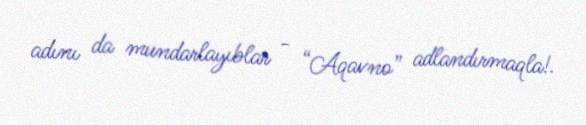
adını da mundarlayıblar - “Aqavno” adlandırmaqla!.